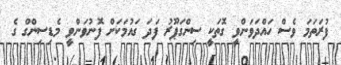
ފުރަތަމަ ވެސް ހައްދަވަންވީ ގޮތަކީ ސިންގަޕޫރު ފަދަ ގައުމަކަށް ފޮނުވަންވީ މެޑިސިންގް ގެ